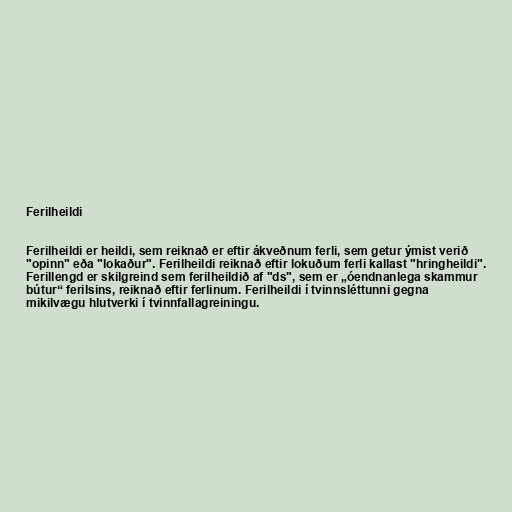
Ferilheildi

Ferilheildi er heildi, sem reiknað er eftir ákveðnum ferli, sem getur ýmist verið
"opinn" eða "lokaður". Ferilheildi reiknað eftir lokuðum ferli kallast "hringheildi".
Ferillengd er skilgreind sem ferilheildið af "ds", sem er „óendnanlega skammur
bútur“ ferilsins, reiknað eftir ferlinum. Ferilheildi í tvinnsléttunni gegna
mikilvægu hlutverki í tvinnfallagreiningu.